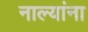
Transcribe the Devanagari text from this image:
नाल्यांना